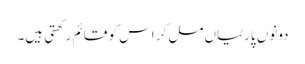
دونوں پارٹیاں مل کر اس کو قائم رکھتی ہیں۔